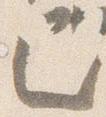
已